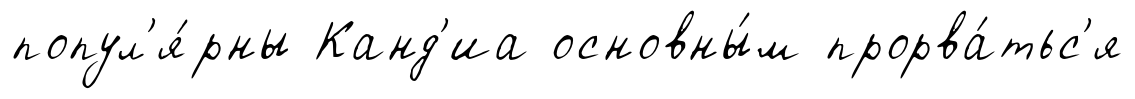
попул'я́рны Канд'иа основны́м прорва́тьс'я